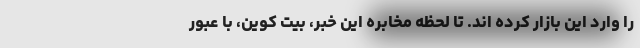
را وارد این بازار کرده اند. تا لحظه مخابره این خبر، بیت کوین، با عبور